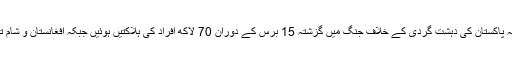
عمران خان نے مزید کہا کہ پاکستان کی دہشت گردی کے خلاف جنگ میں گزشتہ 15 برس کے دوران 70 لاکھ افراد کی ہلاکتیں ہوئیں جبکہ افغانستان و شام تاحال کشیدگی کا شکار ہیں۔